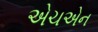
એચએન